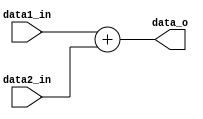
module Adder
(
    data1_in, 
    data2_in,
    data_o
);

// Ports
input   signed[31:0]      data1_in;
input   signed[31:0]      data2_in;
output  signed[31:0]      data_o;

assign data_o = data1_in + data2_in;

endmodule